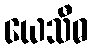
ယေသီဓ